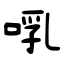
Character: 啂